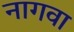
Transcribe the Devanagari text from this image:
नागवा